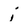
Character: i